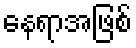
နေရာအဖြစ်